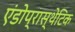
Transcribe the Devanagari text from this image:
एंडोप्रास्थेटिक